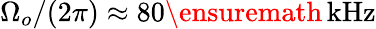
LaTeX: \Omega_{o}/(2\pi)\approx 80\ensuremath{\, \mathrm{kHz}}